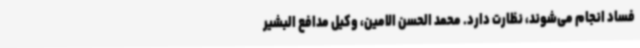
فساد انجام می‌شوند، نظارت دارد. محمد الحسن الامین، وکیل مدافع البشیر